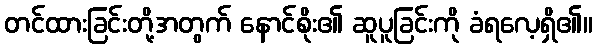
တင်ထားခြင်းတို့အတွက် နောင်စိုး၏ ဆူပူခြင်းကို ခံရလေ့ရှိ၏။